Indian journal of veterinary science and animal husbandry - Volumes 18-21, 1948-1951
Year: 1948
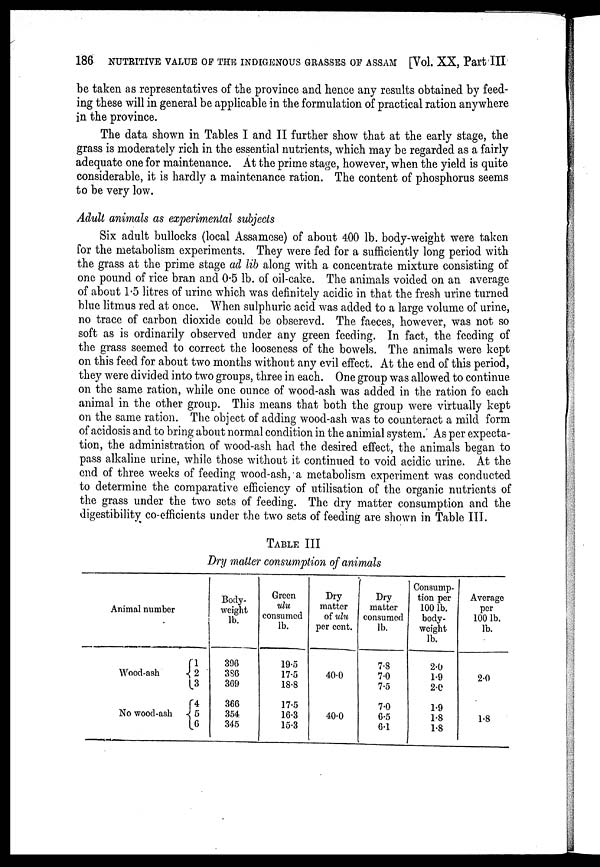
186 NUTRITIVE VALUE OF THE INDIGENOUS GRASSES OF ASSAM [Vol. XX, Part III
be taken as representatives of the province and hence any results obtained by feed-
ing these will in general be applicable in the formulation of practical ration anywhere
in the province.
The data shown in Tables I and II further show that at the early stage, the
grass is moderately rich in the essential nutrients, which may be regarded as a fairly
adequate one for maintenance. At the prime stage, however, when the yield is quite
considerable, it is hardly a maintenance ration. The content of phosphorus seems
to be very low.
Adult animals as experimental subjects
Six adult bullocks (local Assamese) of about 400 lb. body-weight were taken
for the metabolism experiments. They were fed for a sufficiently long period with
the grass at the prime stage ad lib along with a concentrate mixture consisting of
one pound of rice bran and 0.5 lb. of oil-cake. The animals voided on an average
of about 1.5 litres of urine which was definitely acidic in that the fresh urine turned
blue litmus red at once. When sulphuric acid was added to a large volume of urine,
no trace of carbon dioxide could be obserevd. The faeces, however, was not so
soft as is ordinarily observed under any green feeding. In fact, the feeding of
the grass seemed to correct the looseness of the bowels. The animals were kept
on this feed for about two months without any evil effect. At the end of this period,
they were divided into two groups, three in each. One group was allowed to continue
on the same ration, while one ounce of wood-ash was added in the ration fo each
animal in the other group. This means that both the group were virtually kept
on the same ration. The object of adding wood-ash was to counteract a mild form
of acidosis and to bring about normal condition in the animial system. As per expecta-
tion, the administration of wood-ash had the desired effect, the animals began to
pass alkaline urine, while those without it continued to void acidic urine. At the
end of three weeks of feeding wood-ash, a metabolism experiment was conducted
to determine the comparative efficiency of utilisation of the organic nutrients of
the grass under the two sets of feeding. The dry matter consumption and the
digestibility co-efficients under the two sets of feeding are shown in Table III.
TABLE III
Dry matter consumption of animals
Animal number
Wood-ash
No wood-ash
1
2
3
4 5
6
Body-
weight
lb.
396
386
369
366
354
345
Green
ulu
consumed
lb.
19.5
17.5
18.8
17.5
16.3
15.3
Dry
matter
of ulu
per cent.
40.0
40.0
Dry
matter
consumed
lb.
7.8
7.0
7.5
7.0
6.5
6.1
Consump-
tion per
100 lb.
body-
weight
lb.
2.0
1.9
2.0
1.9
1.8
1.8
Average
per
100 lb.
lb.
2.0
1.8